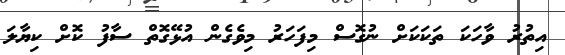
އިތުރު ވާހަކަ ތަކަކަށް ނުގޮސް މިފަހަރު މިވެގެން އުޅޭގޮތް ސާފު ކޮށް ކިޔާލަ